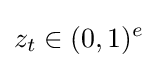
z_{t}\in (0,1)^{e}